Report on lock hospitals in British Burma
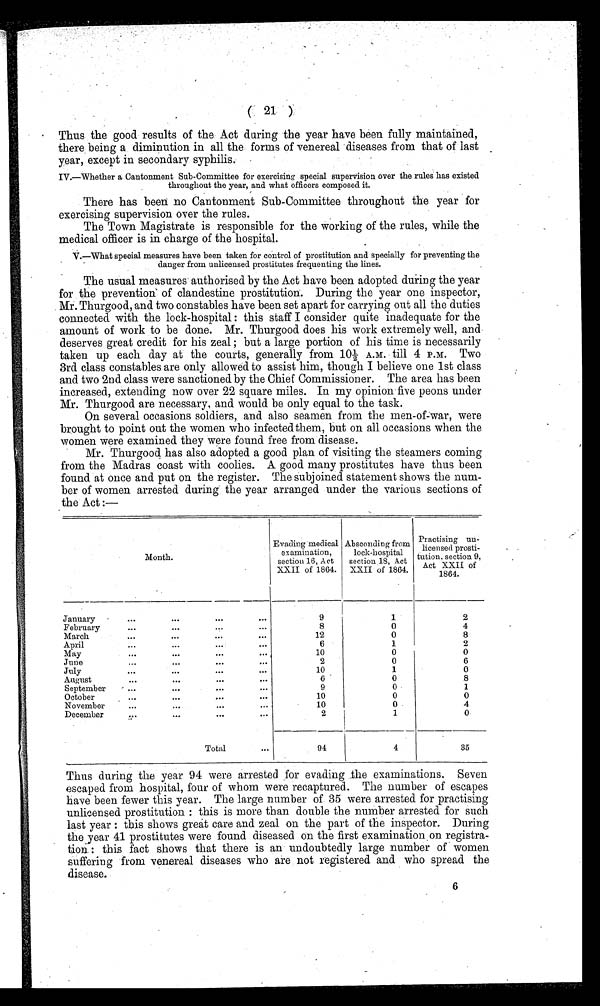
( 21 )
Thus the good results of the Act during the year have been fully maintained,
there being a diminution in all the forms of venereal diseases from that of last
year, except in secondary syphilis.
IV.—Whether a Cantonment Sub-Committee for exercising special supervision over the rules has existed
throughout the year, and what officers composed it.
There has been no Cantonment Sub-Committee throughout the year for
exercising supervision over the rules.
The Town Magistrate is responsible for the working of the rules, while the
medical officer is in charge of the hospital.
V.—What special measures have been taken for control of prostitution and specially for preventing the
danger from unlicensed prostitutes frequenting the lines.
The usual measures authorised by the Act have been adopted during the year
for the prevention of clandestine prostitution. During the year one inspector,
Mr. Thurgood, and two constables have been set apart for carrying out all the duties
connected with the lock-hospital : this staff I consider quite inadequate for the
amount of work to be done. Mr. Thurgood does his work extremely well, and-
deserves great credit for his zeal ; but a large portion of his time is necessarily
taken up each day at the courts, generally from 10½ A.M.
till 4 P.M.
Two
3rd class constables are only allowed to assist him, though I believe one 1st class
and two 2nd class were sanctioned by the Chief Commissioner. The area has been
increased, extending now over 22 square miles. In my opinion-five peons under
Mr. Thurgood are necessary, and would be only equal to the task.
On several occasions soldiers, and also seamen from the men-of-war, were
brought to point out the women who infected them, but on all occasions when the
women were examined they were found free from disease.
Mr. Thurgood has also adopted a good plan of visiting the steamers coming
from the Madras coast with coolies. A good many prostitutes have thus been
found at once and put on the register. The subjoined statement shows the num-
ber of women arrested during the year arranged under the various sections of
the Act :—
Month.
Evading medical
examination,
section 16, Act
XXII of 1864.
Absconding from
lock-hospital
section 18, Act
XXII of 1864.
Practising un-
licensed prosti -
tution. section 9,
A c t X X I I o f 1 8 6 4 .
January
...
. . .
. . .
...
9
1
2
February
...
...
...
8
0
4
March
...
...
. . .
. . .
12
0
8
April
. . .
. . .
. . .
6
1
2
May
. . .
...
...
. . .
10
0
0
June
...
...
. . .
. . .
2
0
6
July
. . .
...
...
...
10
1
0
August
...
. . .
. . .
. . .
6
0
8
September
...
. . .
. . .
...
9
0
1
October
...
...
. . .
. . .
10
0
0
November
...
. . .
...
10
0
4
December
. . .
...
...
. . .
2
1
0
Total
. . .
94
4
35
Thus during the year 94 were arrested for evading the examinations. Seven
escaped from hospital, four of whom were recaptured. The number of escapes
have been fewer this year. The large number of. 35 were arrested for practising
unlicensed prostitution : this is more than double the number arrested for such
last year : this shows great care and zeal on the part of the inspector. During
the year 41 prostitutes were found diseased on the first examination on registra-
tion : this fact shows that there is an undoubtedly large number of women
suffering from venereal diseases who are not registered and who spread the
disease.
6